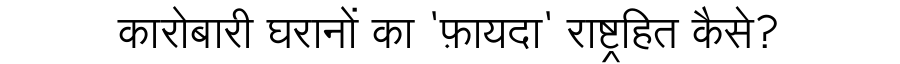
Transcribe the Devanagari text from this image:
कारोबारी घरानों का 'फ़ायदा' राष्ट्रहित कैसे?